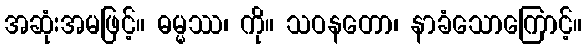
အဆုံးအမဖြင့်။ ဓမ္မဿ၊ ကို။ သဝနတော၊ နာခံသောကြောင့်။